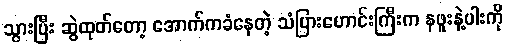
သွားပြီး ဆွဲထုတ်တော့ အောက်ကခံနေတဲ့ သံပြားဟောင်းကြီးက နဖူးနဲ့ပါးကို